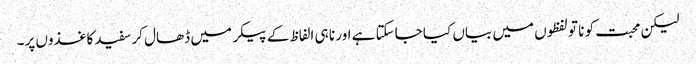
لیکن محبت کو نا تو لفظوں میں بیاں کیا جاسکتا ہے اور نا ہی الفاظ کے پیکر میں ڈھال کر سفید کاغذوں پر۔